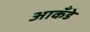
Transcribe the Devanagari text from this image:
आकँडे